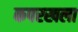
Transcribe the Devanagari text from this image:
कपरखला